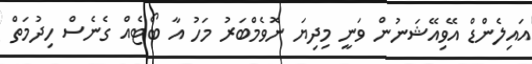
އައިލެންޑް އޭވިއޭޝަނުން ވަނީ މިދިޔަ ނޮވެމްބަރު މަހު އާ ބޯޓެއް ގެނެސް ހިދުމަތް